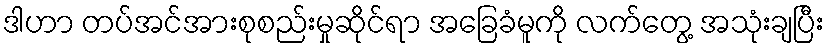
ဒါဟာ တပ်အင်အားစုစည်းမှုဆိုင်ရာ အခြေခံမူကို လက်တွေ့ အသုံးချပြီး